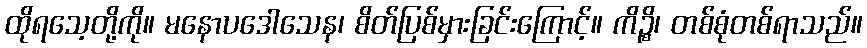
ထိုရသေ့တို့ကို။ မနောပဒေါသေန၊ စိတ်ပြစ်မှားခြင်းကြောင့်။ ကိဉ္စိ၊ တစ်စုံတစ်ရာသည်။